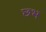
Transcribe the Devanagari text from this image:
छभ